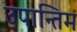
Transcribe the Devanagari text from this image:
उपान्तिम